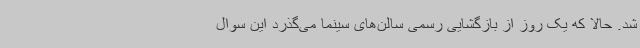
شد. حالا که یک روز از بازگشایی رسمی سالن‌های سینما می‌گذرد این سوال